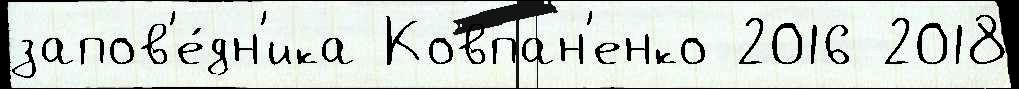
запов'е́дн'ика Ковпан'енко 2016 2018